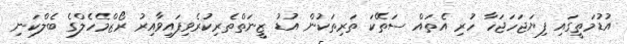
އުޑުމަތީގައި ފިޔަޖަހަޖަހާ ހުރި އެތައް ސަތޭކަ ތަރިތަކުން އުޑު ޒީނަތްތެރިކުރެވިފައިވާއިރު ރޯޒްމެހެލްގެ ބެލްކަނި